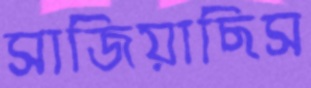
সাজিয়াছিস